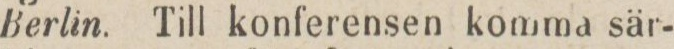
Berlin. Till konferensen komma sär-